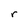
Character: r